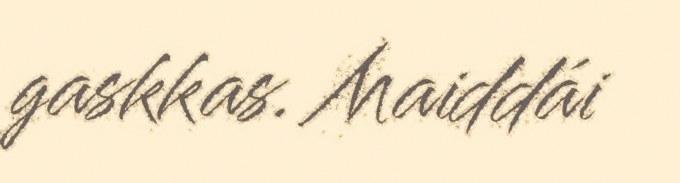
gaskkas. Maiddái